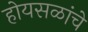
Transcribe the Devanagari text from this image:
होयसळांचे